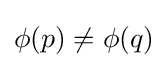
\phi (p)\neq \phi (q)